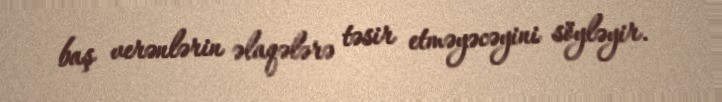
baş verənlərin əlaqələrə təsir etməyəcəyini söyləyir.